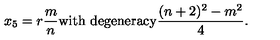
x _ { 5 } = r \frac { m } { n } \mathrm { w i t h \ d e g e n e r a c y } \frac { ( n + 2 ) ^ { 2 } - m ^ { 2 } } { 4 } .